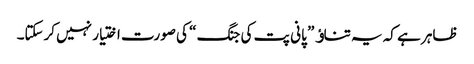
ظاہر ہے کہ یہ تناﺅ ” پانی پت کی جنگ “ کی صورت اختیار نہیں کرسکتا۔